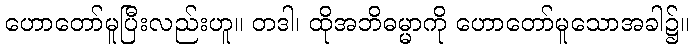
ဟောတော်မူပြီးလည်းဟူ။ တဒါ၊ ထိုအဘိဓမ္မာကို ဟောတော်မူသောအခါ၌။